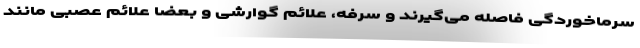
سرماخوردگی فاصله می‌گیرند و سرفه، علائم گوارشی و بعضا علائم عصبی مانند